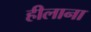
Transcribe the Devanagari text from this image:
हीलाना